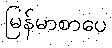
မြန်မာစာပေ